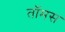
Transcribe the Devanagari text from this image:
तॉमस